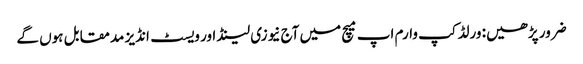
ضرور پڑھیں: ورلڈکپ وارم اپ میچ میں آج نیوزی لینڈ اور ویسٹ انڈیز مدمقابل ہوں گے